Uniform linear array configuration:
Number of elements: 16
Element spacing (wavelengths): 0.75
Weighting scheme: binomial
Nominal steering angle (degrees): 15
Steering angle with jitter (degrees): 16.146
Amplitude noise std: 0.05
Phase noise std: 0.05

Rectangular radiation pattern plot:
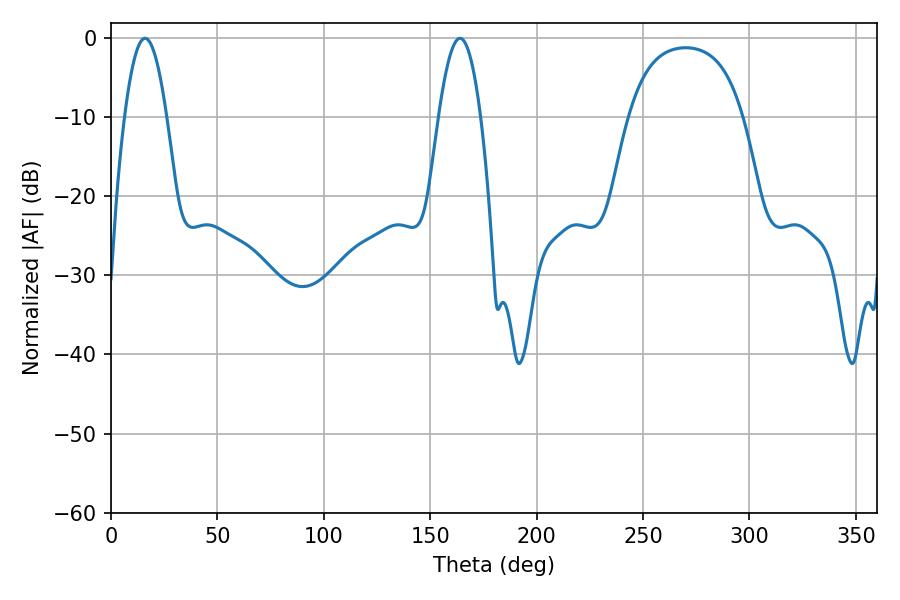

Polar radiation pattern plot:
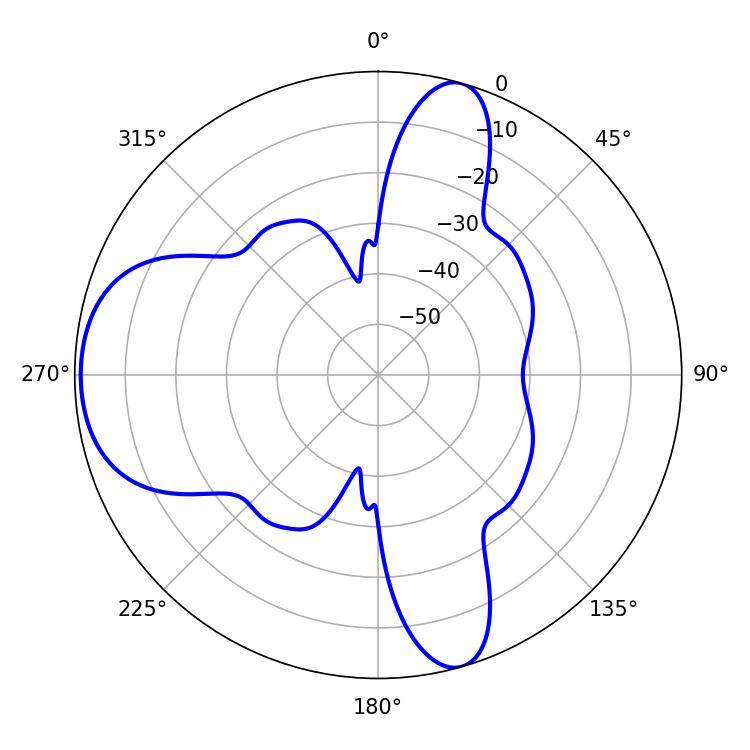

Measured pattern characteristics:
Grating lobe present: TRUE
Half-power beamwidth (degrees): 10.8
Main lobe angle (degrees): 16.02